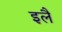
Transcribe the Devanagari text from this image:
इलै